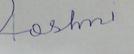
Signature authenticity: forged